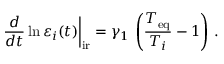
\left. \frac { d } { d t } \ln \varepsilon _ { i } ( t ) \right| _ { \mathrm { i r } } = \gamma _ { 1 } \, \left( \frac { T _ { \mathrm { e q } } } { T _ { i } } - 1 \right) \, .